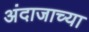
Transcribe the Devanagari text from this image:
अंदाजाच्या